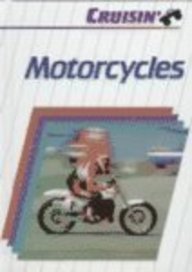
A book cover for Motorcycles (Cruisin' (Capstone)); Ellen Kahaner; Children's Books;